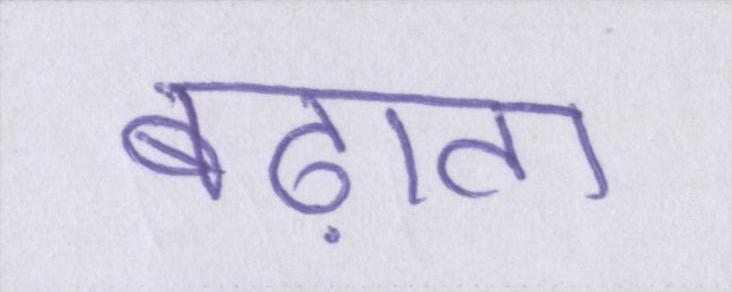
बढ़ाता